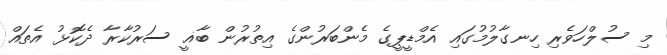
މި ސުލްހަވެރި ހިނގާލުމުގައި އެމްޑީޕީގެ މެންބަރުންގެ އިތުރުން ބާޣީ ސަރުކާރާ ދެކޮޅު އެތައް